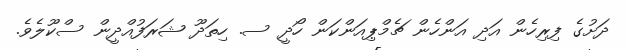
ދަށުގެ ފިރިހެން އަދި އަންހެން ޗެމްޕިއަންކަން ހޯދީ ސ. ހިތަދޫ ޝަރަފުއްދީން ސްކޫލެވެ.